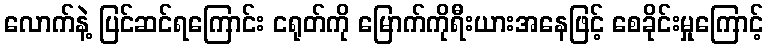
လောက်နဲ့ ပြင်ဆင်ရကြောင်း ငရုတ်ကို မြောက်ကိုရီးယားအနေဖြင့် စေခိုင်းမှုကြောင့်